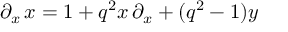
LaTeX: \partial _ { x } \, x = 1 + q ^ { 2 } x \, \partial _ { x } + ( q ^ { 2 } - 1 ) y \,